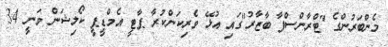
މެންބަރުންގެ "ޓްރާންސްފާ ބާޒާރު"ގައި އުޅޭ ވެރިކަންކުރާ ޕާޓީ އެމްޑީޕީ ކޯލިޝަން ވަނީ 34